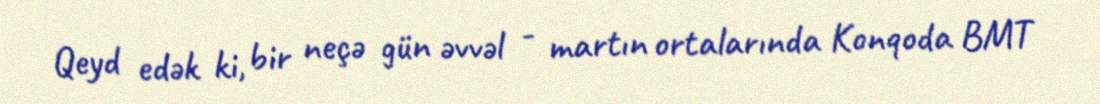
Qeyd edək ki, bir neçə gün əvvəl - martın ortalarında Konqoda BMT